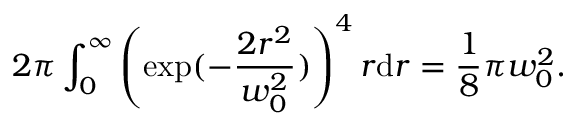
2 \pi \int _ { 0 } ^ { \infty } \left( \exp ( - \frac { 2 r ^ { 2 } } { w _ { 0 } ^ { 2 } } ) \right) ^ { 4 } r \mathrm { d } r = \frac { 1 } { 8 } \pi w _ { 0 } ^ { 2 } .